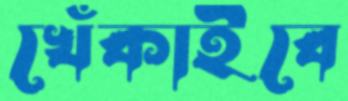
খেঁকাইবে